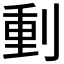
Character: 𠝤